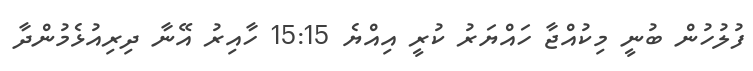
ފުލުހުން ބުނީ މިކުއްޖާ ހައްޔަރު ކުރީ އިއްޔެ 15:15 ހާއިރު އޭނާ ދިރިއުޅެމުންދާ